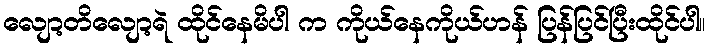
လျော့တိလျော့ရဲ ထိုင်နေမိပါ က ကိုယ်နေကိုယ်ဟန် ပြန်ပြင်ပြီးထိုင်ပါ။